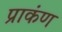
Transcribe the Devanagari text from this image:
प्राकंण